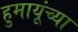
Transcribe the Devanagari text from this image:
हुमायूंच्या